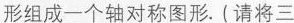
形组成一个轴对称图形.(请将三